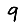
Digit: 9